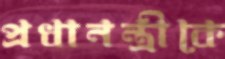
প্রধানন্ত্রীকে